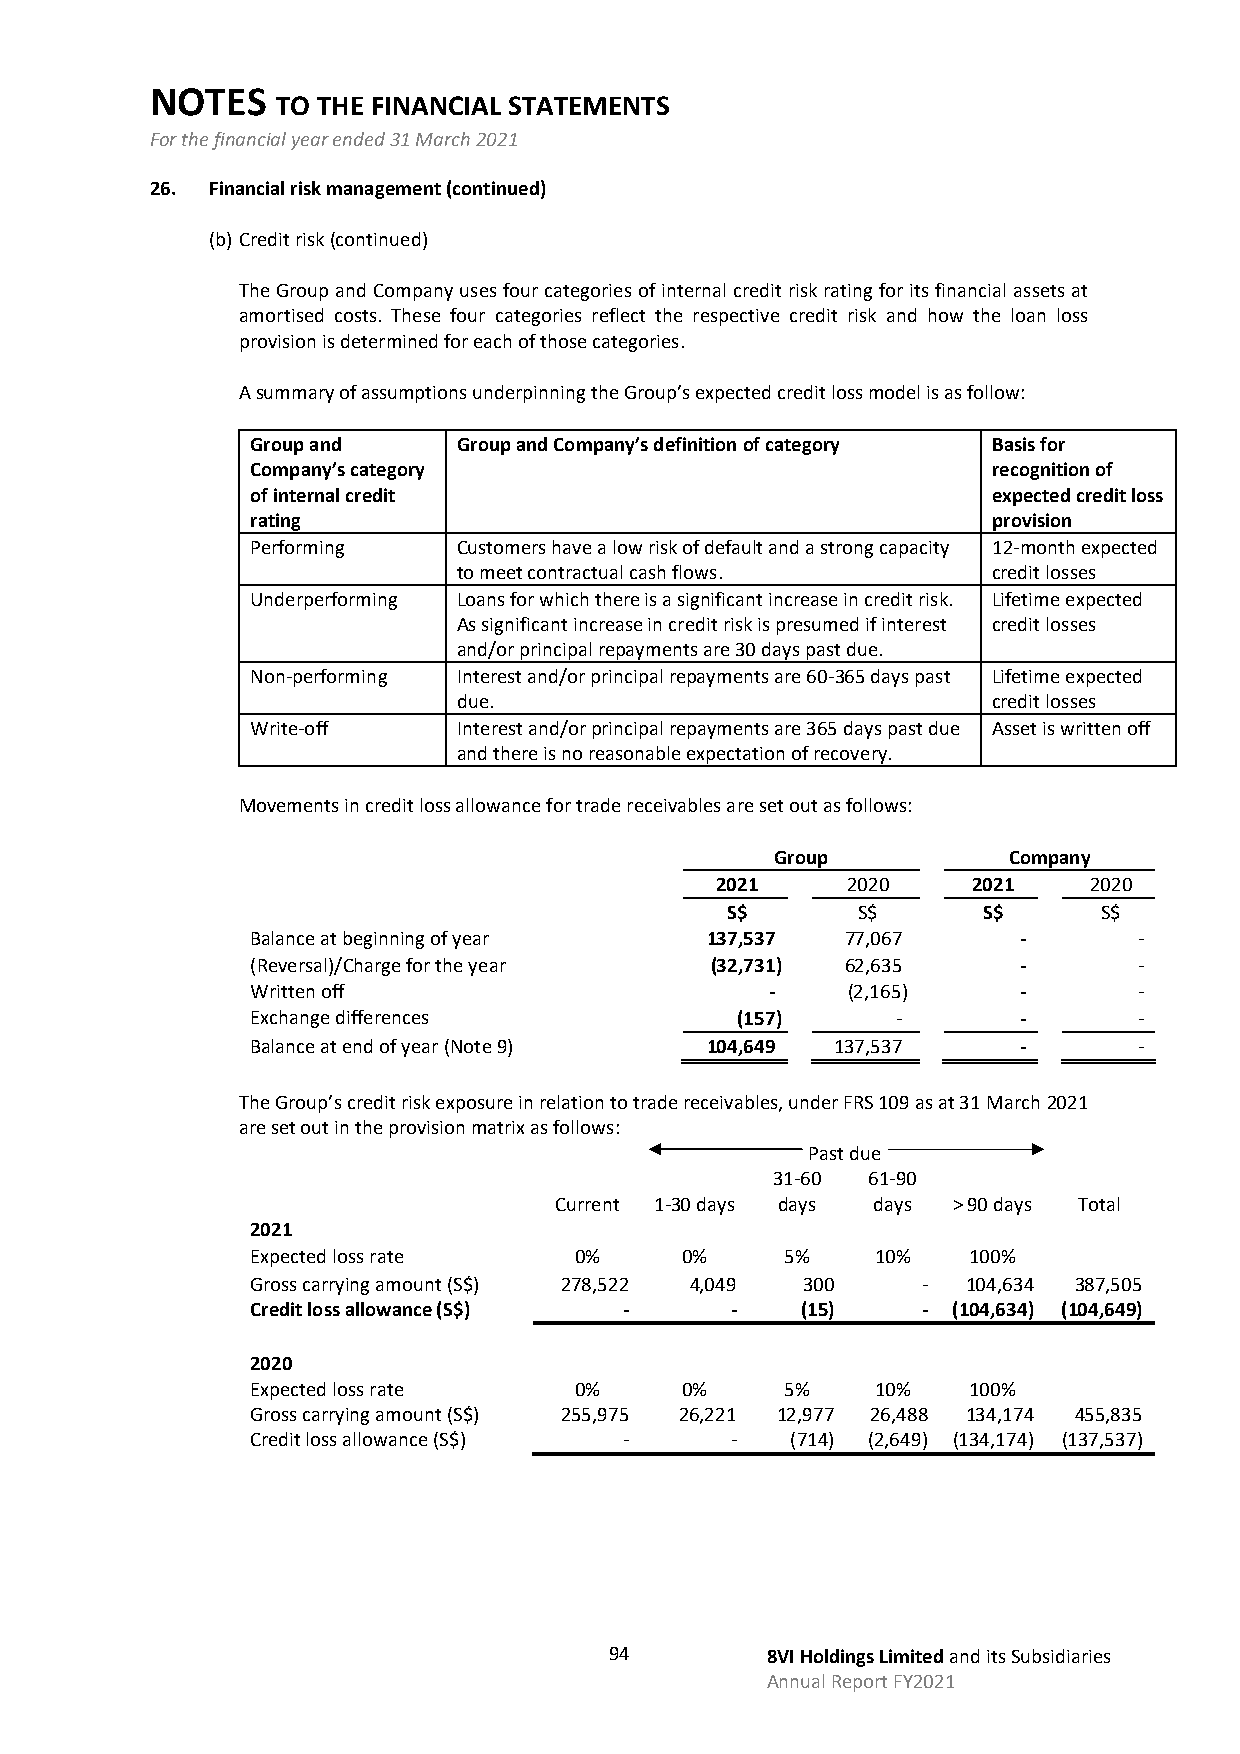
NOTES
 TO THE FINANCIAL STATEMENTS
 For the financial year ended 31 March 2021
 26. Financial risk management (continued)
 (b) Credit risk (continued)
 The Group and Company uses four categories of internal credit risk rating for its financial assets at
 amortised costs. These four categories reflect the respective credit risk and how the loan loss
 provision is determined for each of those categories.
 A summary of assumptions underpinning the Group’s expected credit loss model is as follow:
 Group and    Group and Company’s definition of category Basis for
 Company’s category                               recognition of
 of internal credit                               expected credit loss
 rating                                           provision
 Performing   Customers have a low risk of default and a strong capacity 12-month expected
 to meet contractual cash flows.     credit losses
 Underperforming Loans for which there is a significant increase in credit risk. Lifetime expected
 As significant increase in credit risk is presumed if interest credit losses
 and/or principal repayments are 30 days past due.
 Non-performing Interest and/or principal repayments are 60-365 days past Lifetime expected
 due.                                credit losses
 Write-off    Interest and/or principal repayments are 365 days past due Asset is written off
 and there is no reasonable expectation of recovery.
 Movements in credit loss allowance for trade receivables are set out as follows:
 Group           Company
 2021     2020    2021    2020
 S$       S$      S$      S$
 Balance at beginning of year  137,537  77,067     -       -
 (Reversal)/Charge for the year (32,731) 62,635    -       -
 Written off                       -    (2,165)    -       -
 Exchange differences            (157)     -       -       -
 Balance at end of year (Note 9) 104,649 137,537   -       -
 The Group’s credit risk exposure in relation to trade receivables, under FRS 109 as at 31 March 2021
 are set out in the provision matrix as follows:
 Past due
 31-60 61-90
 Current 1-30 days days days > 90 days Total
 2021
 Expected loss rate   0%     0%     5%    10%   100%
 Gross carrying amount (S$) 278,522 4,049 300 - 104,634 387,505
 Credit loss allowance (S$) -   -    (15)    - (104,634) (104,649)
 2020
 Expected loss rate   0%     0%     5%    10%   100%
 Gross carrying amount (S$) 255,975 26,221 12,977 26,488 134,174 455,835
 Credit loss allowance (S$) -   -   (714) (2,649) (134,174) (137,537)
 94         8VI Holdings Limited and its Subsidiaries
 Annual Report FY2021